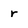
Character: r